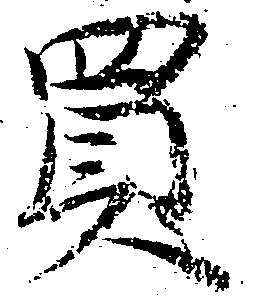
買